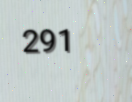
291